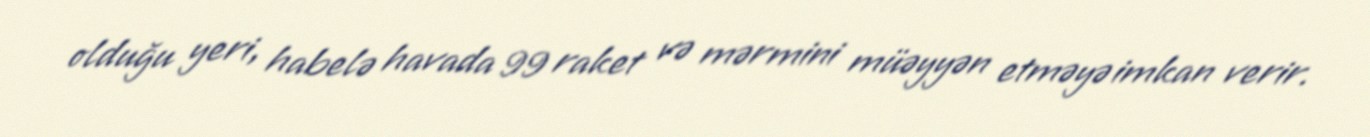
olduğu yeri, habelə havada 99 raket və mərmini müəyyən etməyə imkan verir.